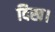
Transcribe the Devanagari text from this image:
दिख।